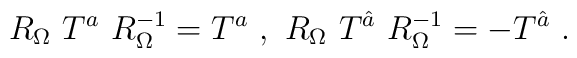
R_{\Omega}~T^a~R_{\Omega}^{-1}= T^a ~,~ R_{\Omega}~T^{\hat a}~R_{\Omega}^{-1}= - T^{\hat a}~.~\,